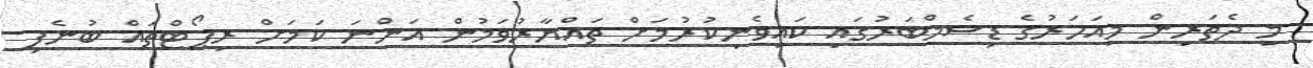
މި ދެތަރިން މިއަހަރުގެ ޑިސެމްބަރުގައި ކައިވެނިކުރުމަށް ތައްޔާރުވަމުން އަންނަ ކަމަށް ރިޕޯޓްތައް ބުނެފި